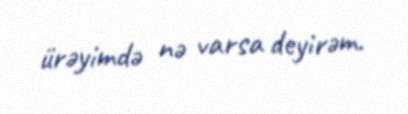
ürəyimdə nə varsa deyirəm.